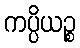
ကပ္ပိယဉ္စ